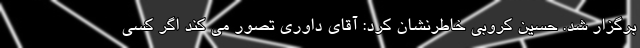
برگزار شد. حسین کروبی خاطرنشان کرد: آقای داوری تصور می کند اگر کسی